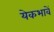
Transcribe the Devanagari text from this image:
येकभावें